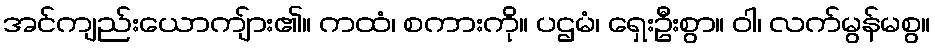
အင်ကျည်းယောကျ်ား၏။ ကထံ၊ စကားကို။ ပဌမံ၊ ရှေးဦးစွာ။ ဝါ၊ လက်မွန်မစွ။